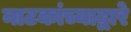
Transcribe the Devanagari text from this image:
नाटकांच्याद्वारे